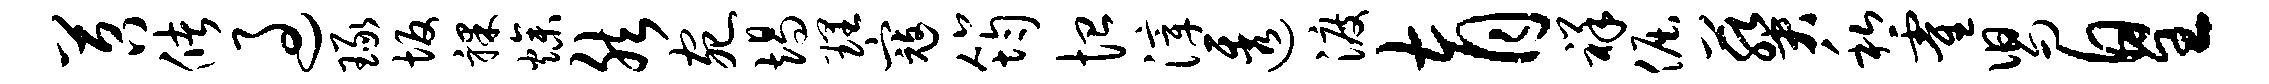
苕储过琢坂裸燥然宛竭理寇筠恤滓透渡育祥倔葵私霍舄皇